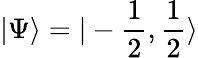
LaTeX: \vert\Psi\rangle=\vert-\frac{1}{2},\frac{1}{2}\rangle